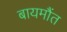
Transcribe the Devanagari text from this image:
बायमौंत